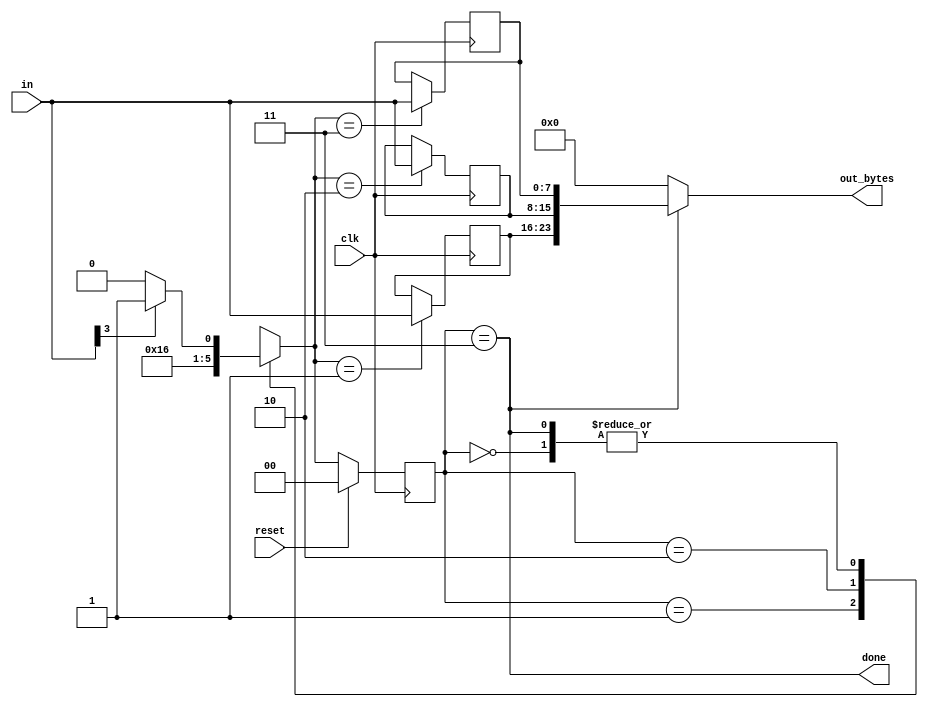
module top_module(
    input clk,
    input [7:0] in,
    input reset,    // Synchronous reset
    output [23:0] out_bytes,
    output done); //
    
    parameter [1:0] BYTE1 = 2'b00,
    				BYTE2 = 2'b01,
    				BYTE3 = 2'b10,
    				DONE  = 2'b11;
    
    reg [1:0] state, next_state;
    reg [7:0] byte1, byte2, byte3;
    
    always @ (*)
        begin
            case (state)
                BYTE1: next_state = (in[3]) ? BYTE2 : BYTE1;
                BYTE2: next_state = BYTE3;
                BYTE3: next_state = DONE;
                DONE : next_state = (in[3]) ? BYTE2 : BYTE1;   
            endcase
        end
    
    // State flip-flops (sequential)
    always @ (posedge clk)
        begin
            if (reset)
                state <= BYTE1;
            else
                state <= next_state;
        end
    
    always @ (posedge clk)
        begin
            case (next_state)
                BYTE2: byte1 <= in;
                BYTE3: byte2 <= in;
                DONE:  byte3 <= in;
            endcase
        end

    // Output logic
    assign done = (state == DONE);
    assign out_bytes = (state == DONE) ? {byte1, byte2, byte3} : 24'b0;

endmodule